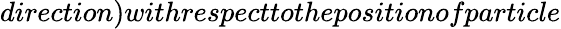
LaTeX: direction)withrespecttothepositionofparticle